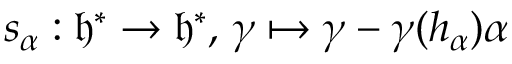
s _ { \alpha } : { \mathfrak { h } } ^ { * } \to { \mathfrak { h } } ^ { * } , \, \gamma \mapsto \gamma - \gamma ( h _ { \alpha } ) \alpha